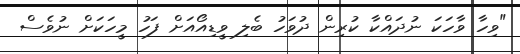
"ވިހާ ވާހަކަ ނުދައްކާ ކުރިން ދުވަހު ބެލި ވީޑިއޯއަށް ފަހު މީހަކަށް ނުވެސް